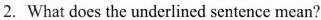
2. What does the underlined sentence mean?